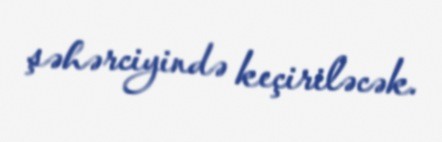
şəhərciyində keçiriləcək.